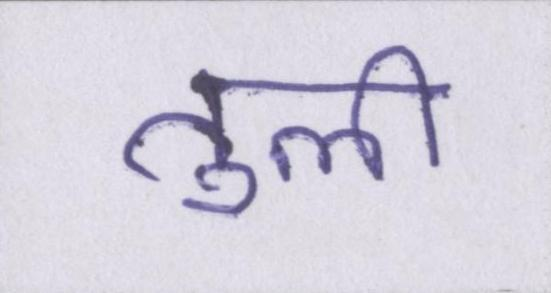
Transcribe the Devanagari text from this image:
तुली